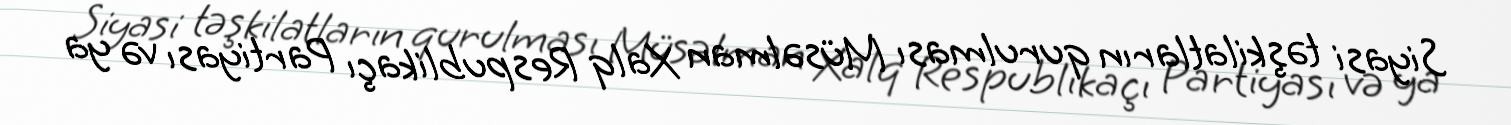
Siyasi təşkilatların qurulması Müsəlman Xalq Respublikaçı Partiyası və ya